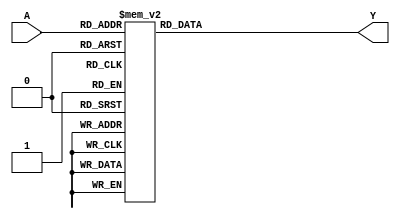
module seven_seg_decoder(A,Y);
input wire [3:0] A;
output reg [6:0] Y;

always@(A)
begin
	case (A)
	4'd0: Y<= 7'b100_0000; //0
	4'd1: Y<= 7'b111_1001; //1
	4'd2: Y<= 7'b010_0100; //2
	4'd3: Y<= 7'b011_0000; //3
	4'd4: Y<= 7'b001_1001; //4
	4'd5: Y<= 7'b001_0010; //5
	4'd6: Y<= 7'b000_0010; //6
	4'd7: Y<= 7'b101_1000; //7
	4'd8: Y<= 7'b000_0000; //8
	4'd9: Y<= 7'b001_0000; //9
	4'd10: Y<= 7'b000_1000; //10 (A)
	4'd11: Y<= 7'b000_0011; //11 (B)
	4'd12: Y<= 7'b100_0110; //12 (C)
	4'd13: Y<= 7'b010_0001; //13 (D)
	4'd14: Y<= 7'b000_0110; //14 (E)
	4'd15: Y<= 7'b000_1110; //15 (F)
	default: Y<= 7'd0;
	endcase
end
endmodule